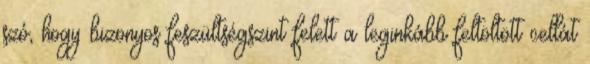
szó, hogy bizonyos feszültségszint felett a leginkább feltöltött cellát